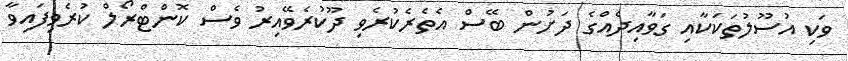
ވަކި އުސޫލުތަކަކާއި ގަވާއިދެއްގެ ދަށުން ބޭސް އެތެރެކުރެވި ދޫކުރެވޭއިރު ވެސް ކޮންޓްރޯލް ކުރެވިފައިވާ